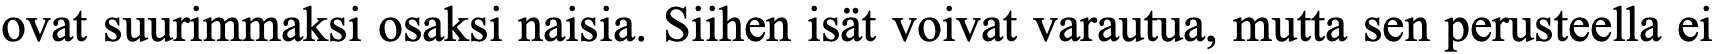
ovat suurimmaksi osaksi naisia. Siihen isät voivat varautua, mutta sen perusteella ei